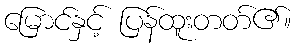
မြောင်နှင့် ပြန်ထူးတတ်၏။